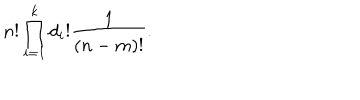
LaTeX: n ! \prod _ { i = 1 } ^ { k } d _ { i } ! { \frac { 1 } { ( n - m ) ! } } .